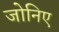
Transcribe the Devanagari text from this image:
जोनिए